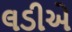
લડીએ